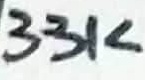
Text: 33K